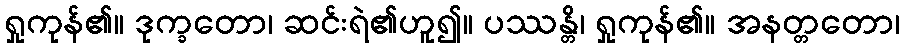
ရှုကုန်၏။ ဒုက္ခတော၊ ဆင်းရဲ၏ဟူ၍။ ပဿန္တိ၊ ရှုကုန်၏။ အနတ္တတော၊